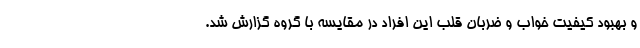
و بهبود کیفیت خواب و ضربان قلب این افراد در مقایسه با گروه گزارش شد.